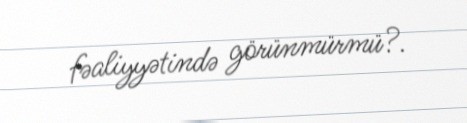
fəaliyyətində görünmürmü?.